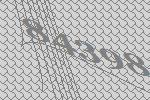
84398